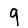
Digit: 9